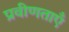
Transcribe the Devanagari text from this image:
प्रवीणताएँ